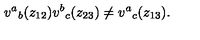
v ^ { a } { } _ { b } ( z _ { 1 2 } ) v ^ { b } { } _ { c } ( z _ { 2 3 } ) \neq v ^ { a } { } _ { c } ( z _ { 1 3 } ) .